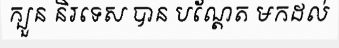
ក្បួន និរទេស បាន បណ្តែត មកដល់